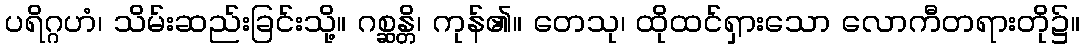
ပရိဂ္ဂဟံ၊ သိမ်းဆည်းခြင်းသို့။ ဂစ္ဆန္တိ၊ ကုန်၏။ တေသု၊ ထိုထင်ရှားသော လောကီတရားတို၌။